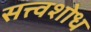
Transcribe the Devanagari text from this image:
सत्त्वशोध